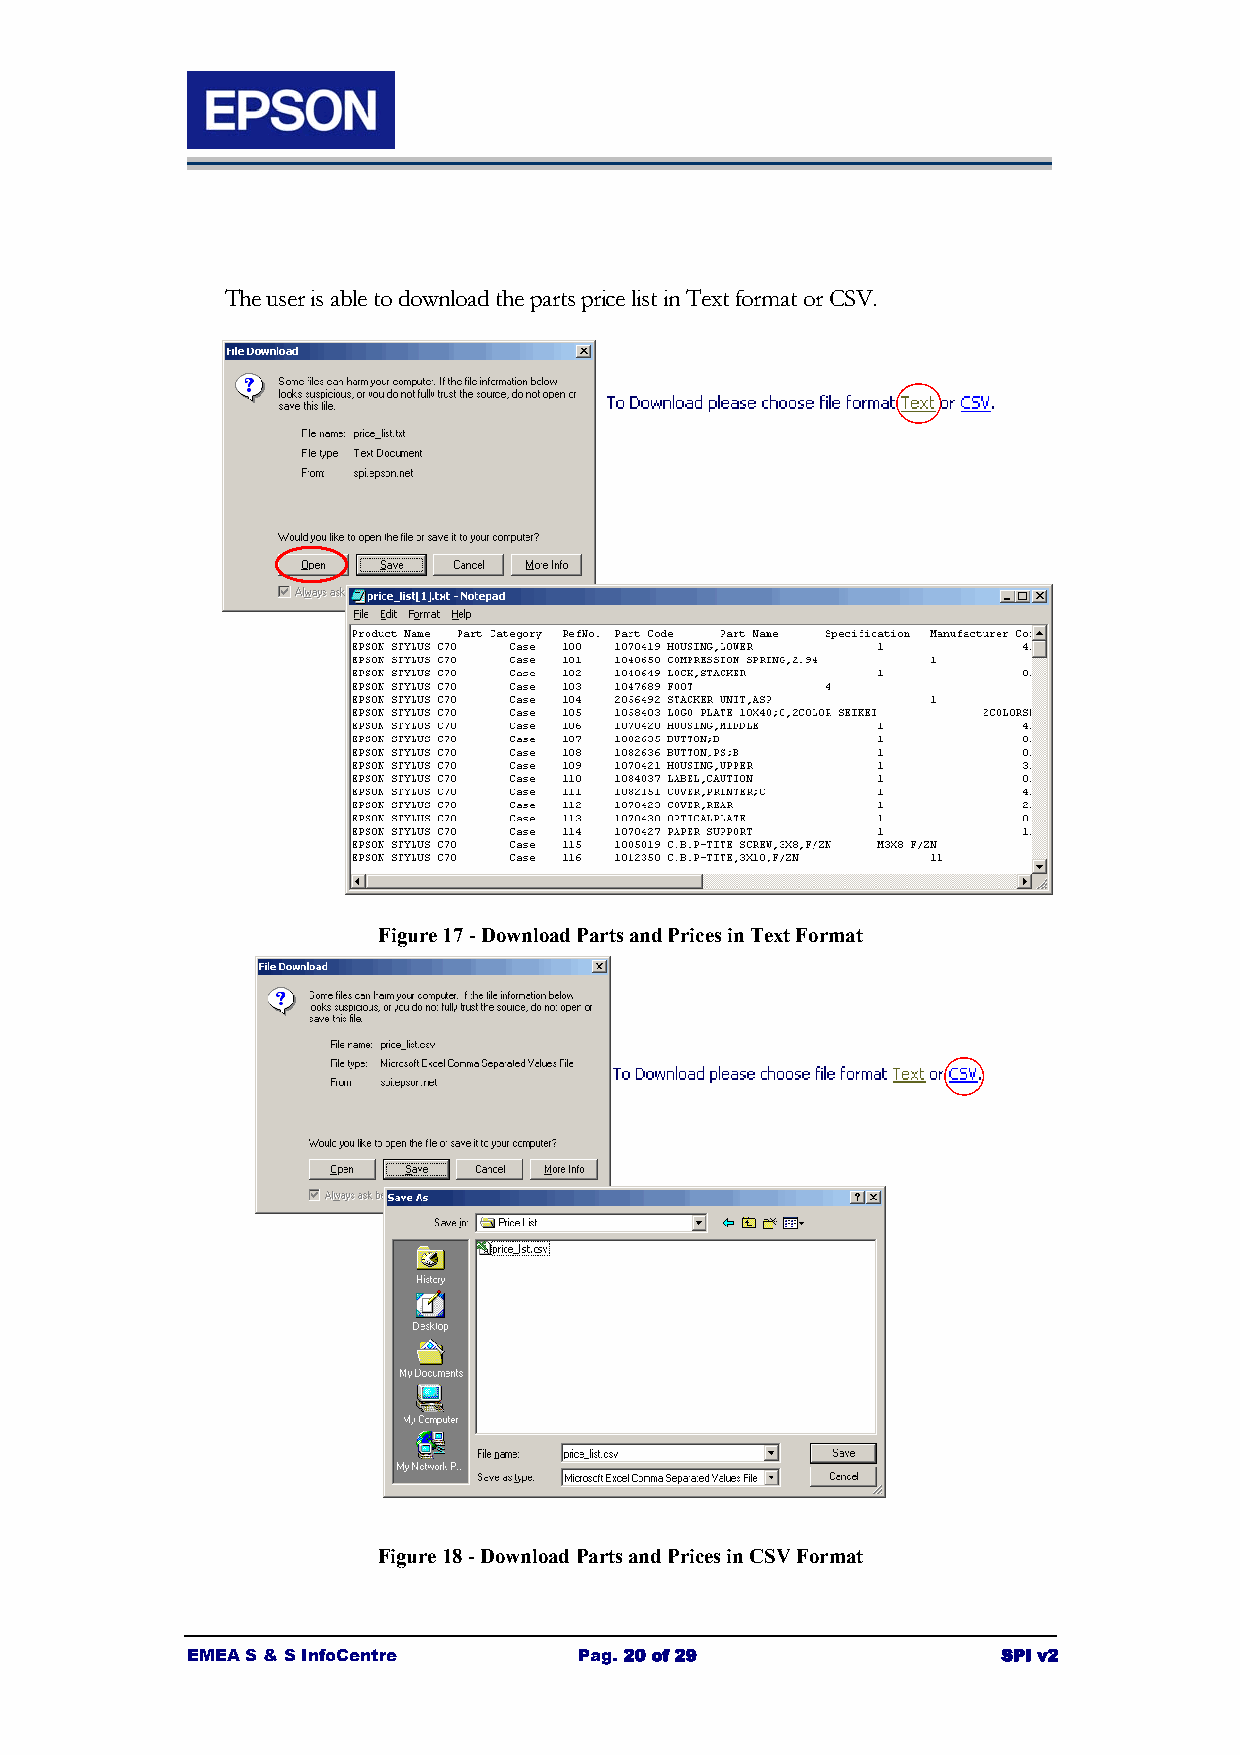
The user is able to download the parts price list in Text format or CSV.
 Figure 17 - Download Parts and Prices in Text Format
 Figure 18 - Download Parts and Prices in CSV Format
 EMEA S & S InfoCentre     Pag. 20 of 29               SPI v2